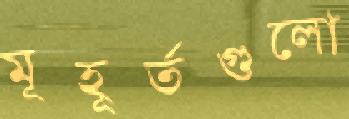
মূহূর্তগুলো